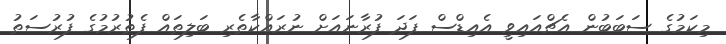
މިކަމުގެ ސަބަބުން އެޗްއައިވީ އެއިޑްސް ފަދަ ފުރާނައަށް ނުރައްކާތެރި ބަލިތައް ފެތުރުމުގެ ފުރުސަތު